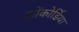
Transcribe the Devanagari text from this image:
कोंकोर्डिया